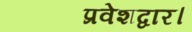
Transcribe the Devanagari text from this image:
प्रवेशद्वार।